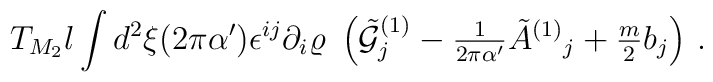
T_{M_2}l\int d^2\xi (2\pi\alpha^\prime)\epsilon^{ij}\partial_i \varrho\ \left({\tilde {\cal G}}^{(1)}_j-{\textstyle\frac{1}{2\pi\alpha^\prime}}{\tilde A}^{(1)}{}_{j}+{\textstyle\frac{m}{2}} b_{j}\right)\, .